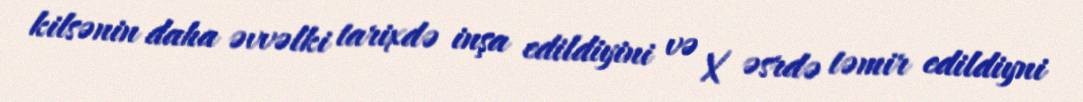
kilsənin daha əvvəlki tarixdə inşa edildiyini və X əsrdə təmir edildiyni